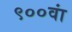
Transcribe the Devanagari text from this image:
९००वां